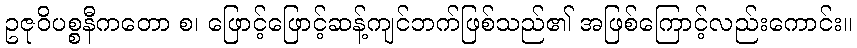
ဥဇုဝိပစ္စနီကတော စ၊ ဖြောင့်ဖြောင့်ဆန့်ကျင်ဘက်ဖြစ်သည်၏ အဖြစ်ကြောင့်လည်းကောင်း။